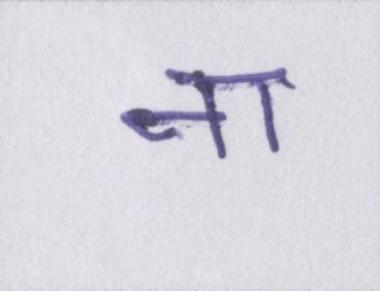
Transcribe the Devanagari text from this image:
ना